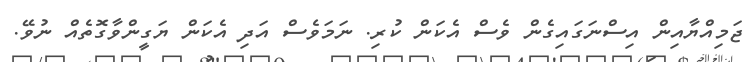
ޖަމިއްޔާއިން އިސްނަގައިގެން ވެސް އެކަން ކުރި. ނަމަވެސް އަދި އެކަން ޔަގީންވާގޮތެއް ނުވޭ.